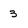
Character: 3